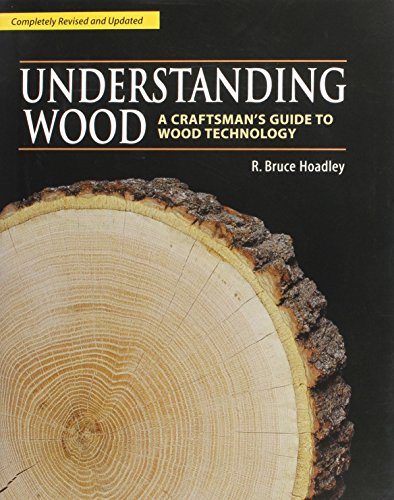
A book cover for Understanding Wood: A Craftsman's Guide to Wood Technology; R. Bruce Hoadley; Engineering & Transportation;